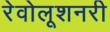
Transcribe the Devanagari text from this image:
रेवोलूशनरी